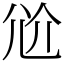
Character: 𡯗